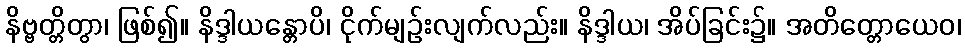
နိဗ္ဗတ္တိတွာ၊ ဖြစ်၍။ နိဒ္ဒါယန္တောပိ၊ ငိုက်မျဉ်းလျက်လည်း။ နိဒ္ဒါယ၊ အိပ်ခြင်း၌။ အတိတ္တောယေဝ၊